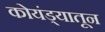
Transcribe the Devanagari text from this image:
कोयंड्यातून